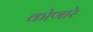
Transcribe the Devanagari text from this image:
कोणारे